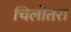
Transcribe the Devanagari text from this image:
चिलोतरा